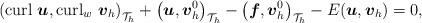
LaTeX: \begin{align*}\left(\mathrm{curl}\ \boldsymbol{u}, \mathrm{curl}_w\ \boldsymbol{v}_h\right)_{\mathcal{T}_h}+\left(\boldsymbol{u}, \boldsymbol{v}^0_h \right)_{\mathcal{T}_h}-\left(\boldsymbol{f}, \boldsymbol{v}^0_h \right)_{\mathcal{T}_h}-E(\boldsymbol{u}, \boldsymbol{v}_h)=0,\end{align*}